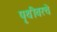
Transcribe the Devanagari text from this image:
पृथीवरचे